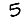
Digit: 5